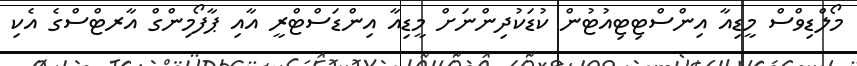
މޯލްޑިވްސް މީޑިއާ އިންސްޓިޓިއުޓުން ކުޑަކުދިންނަށް މީޑިއާ އިންޑަސްޓްރީ އާއި ޕާފޯމިންގް އާރޓްސްގެ އެކި